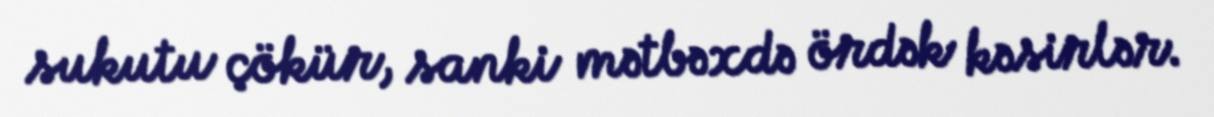
sukutu çökür, sanki mətbəxdə ördək kəsirlər.